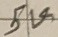
Text: 5V